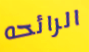
الرائحه